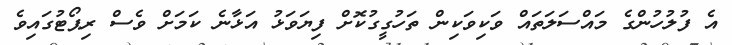
އެ ފުލުހުންގެ މައްސަލަތައް ވަކިވަކިން ތަހުގީގުކޮށް ފިޔަވަޅު އަޅާނެ ކަމަށް ވެސް ރިޕޯޓުގައިވެ